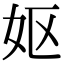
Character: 妪